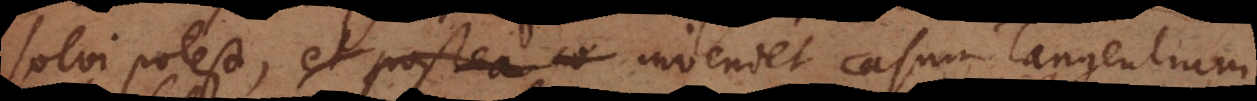
solvi potest, et postea co inveniet casum Tangentium